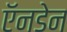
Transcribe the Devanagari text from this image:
ऍनडेन